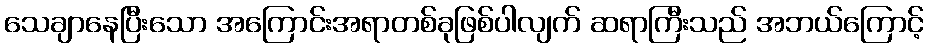
သေချာနေပြီးသော အကြောင်းအရာတစ်ခုဖြစ်ပါလျက် ဆရာကြီးသည် အဘယ်ကြောင့်